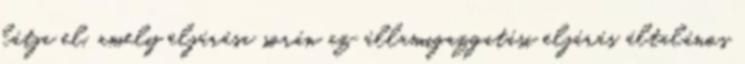
látja el, amely eljárása során az államigazgatási eljárás általános